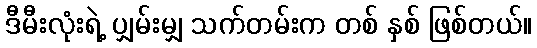
ဒီမီးလုံးရဲ့ ပျှမ်းမျှ သက်တမ်းက တစ် နှစ် ဖြစ်တယ်။